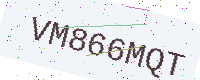
Text: VM866MQT